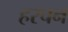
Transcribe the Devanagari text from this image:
हरचन